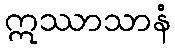
ဣဿာသာနံ